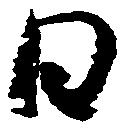
日